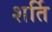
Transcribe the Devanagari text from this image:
शर्ति